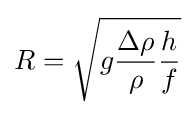
R={\sqrt {{g}{\frac {\Delta \rho }{\rho }}{\frac {h}{f}}}}